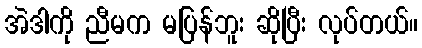
အဲဒါကို ညီမက မပြန်ဘူး ဆိုပြီး လုပ်တယ်။